Vaccination in Bombay 1913-1923 - 1913-1923
Year: 1913
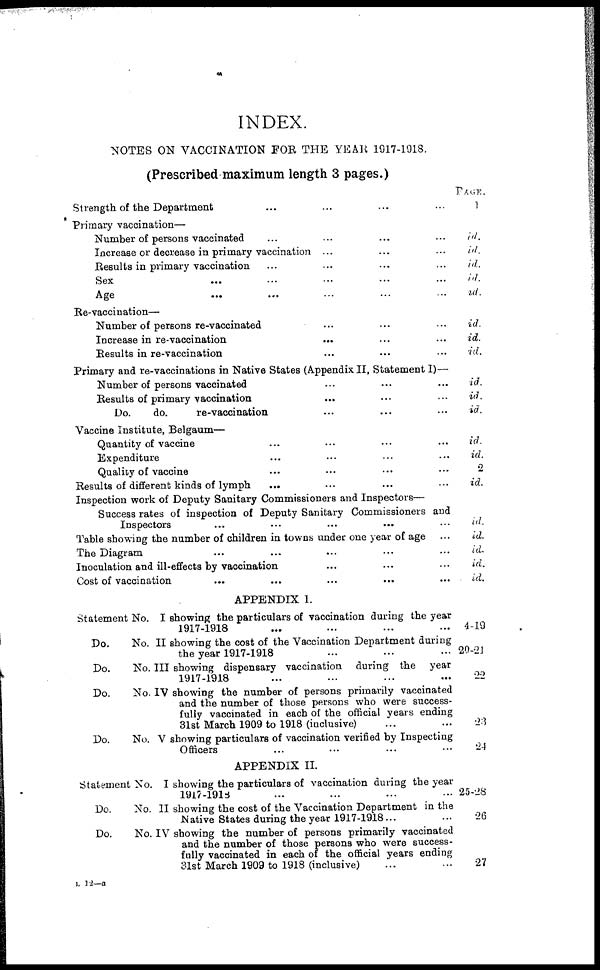
INDEX.
NOTES ON VACCINATION FOR THE YEAR 1917-1918.
(Prescribed maximum length 3 pages.)
Strength of the Department ... ... ... ...
Primary vaccination—
Number of persons vaccinated ... ... ... ...
Increase or decrease in primary vaccination ... ... ... ...
Results in primary vaccination ... ... ... ...
Sex ... ... ... ... ...
Age
...
...
...
...
...
Re-vaccination—
Number of persons re-vaccinated ... ... ... ...
Increase in re-vaccination ... ... ... ...
Results in re-vaccination ... ... ... ...
Primary and re-vaccinations in Native States (Appendix II, Statement I)—
Number of persons vaccinated ... ... ... ...
Results of primary vaccination ... ... ... ...
Do.
do.
re-vaccination ... ... ... ...
Vaccine Institute, Belgaum—
Quantity of vaccine ... ... ... ...
Expenditure ... ... ... ...
Quality of vaccine ... ... ... ...
Results of different kinds of lymph ... ... ... ...
Inspection work of Deputy Sanitary Commissioners and Inspectors—
Success rates of inspection of Deputy Sanitary Commissioners and
Inspectors ...
Table showing the number of children in towns under one year of age ...
The Diagram ... ... ... ...
Inoculation and ill-effects by vaccination ... ... ... ...
Cost of vaccination ... ... ...
PAGE.
1
id.
id.
id.
id.
id.
id.
id.
id.
id.
id.
id.
id.
id.
2
id.
id.
id.
id.
id.
id.
APPENDIX I.
Statement No. I showing the particulars of vaccination during the year
1917-1918
Do.
No. II showing the cost of the Vaccination Department during
the year 1917-1918
Do.
No. III showing dispensary vaccination during the
year
1917-1918
Do.
No. IV showing the number of persons primarily vaccinated
and the number of those persons who were success-
fully vaccinated in each of the official years ending
31st March 1909 to 1918 (inclusive) ... ...
Do.
No. V showing particulars of vaccination verified by Inspecting
Officers ... ... ... ...
4-19
20-21
22
23
24
APPENDIX II.
Statement No. I showing the particulars of vaccination during the year
1917-1918
Do.
No. II showing the cost of the Vaccination Department in the
Native States during the year 1917-1918 ... ...
Do.
No. IV showing the number of persons primarily vaccinated
and the number of those persons who were success-
fully vaccinated in each of the official years ending
31st March 1909 to 1918 (inclusive) ... ...
25-28
26
27
L12—a